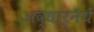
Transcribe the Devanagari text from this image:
अव्धार्नैयें